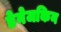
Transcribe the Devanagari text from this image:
डेनेजकिन